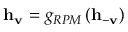
\mathbf { h } _ { \mathbf { v } } = g _ { R P M } \left( \mathbf { h } _ { - \mathbf { v } } \right)